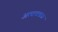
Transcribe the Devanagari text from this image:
अत्यावश्वक